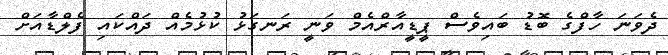
ދެވަނަ ހާފްގެ ބޮޑު ބައިވެސް ޕީޑީއާރްއެމް ވަނީ ރަނގަޅު ކުޅުމެއް ދައްކައި ފެލްޑާއަށް